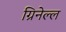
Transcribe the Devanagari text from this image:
ग्रिनेल्ल